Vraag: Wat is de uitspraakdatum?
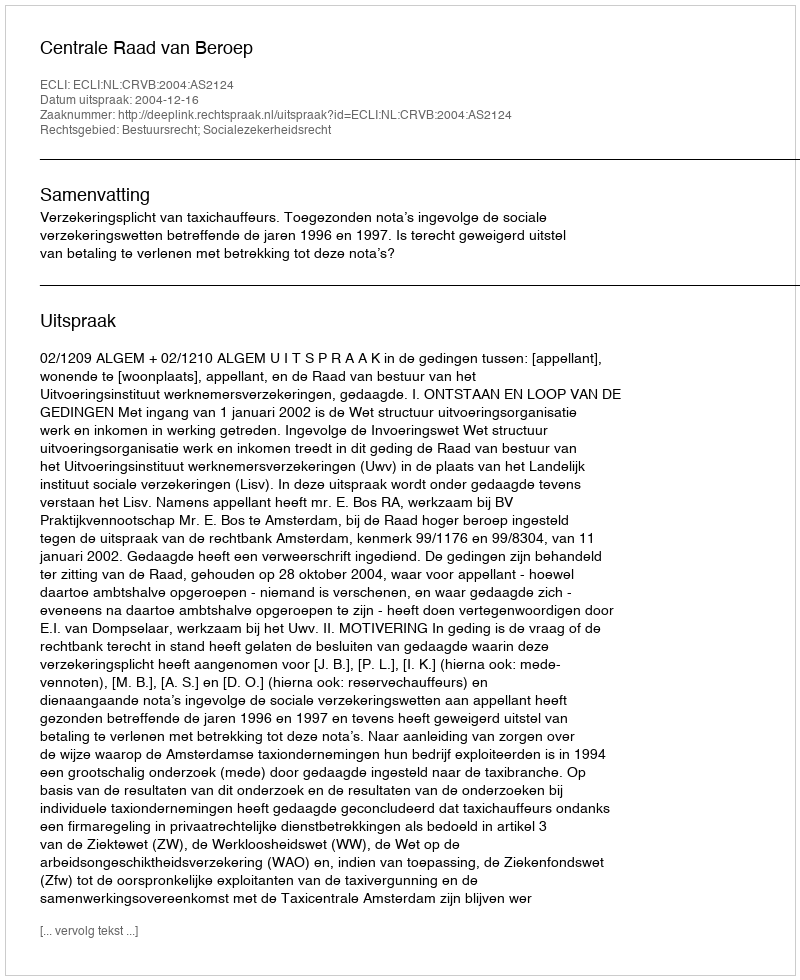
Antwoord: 2004-12-16